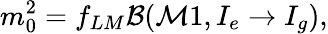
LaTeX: m_{0}^{2}=f_{LM}\mathcal{B}(\mathcal{M}1,I_{e}\to I_{g}),